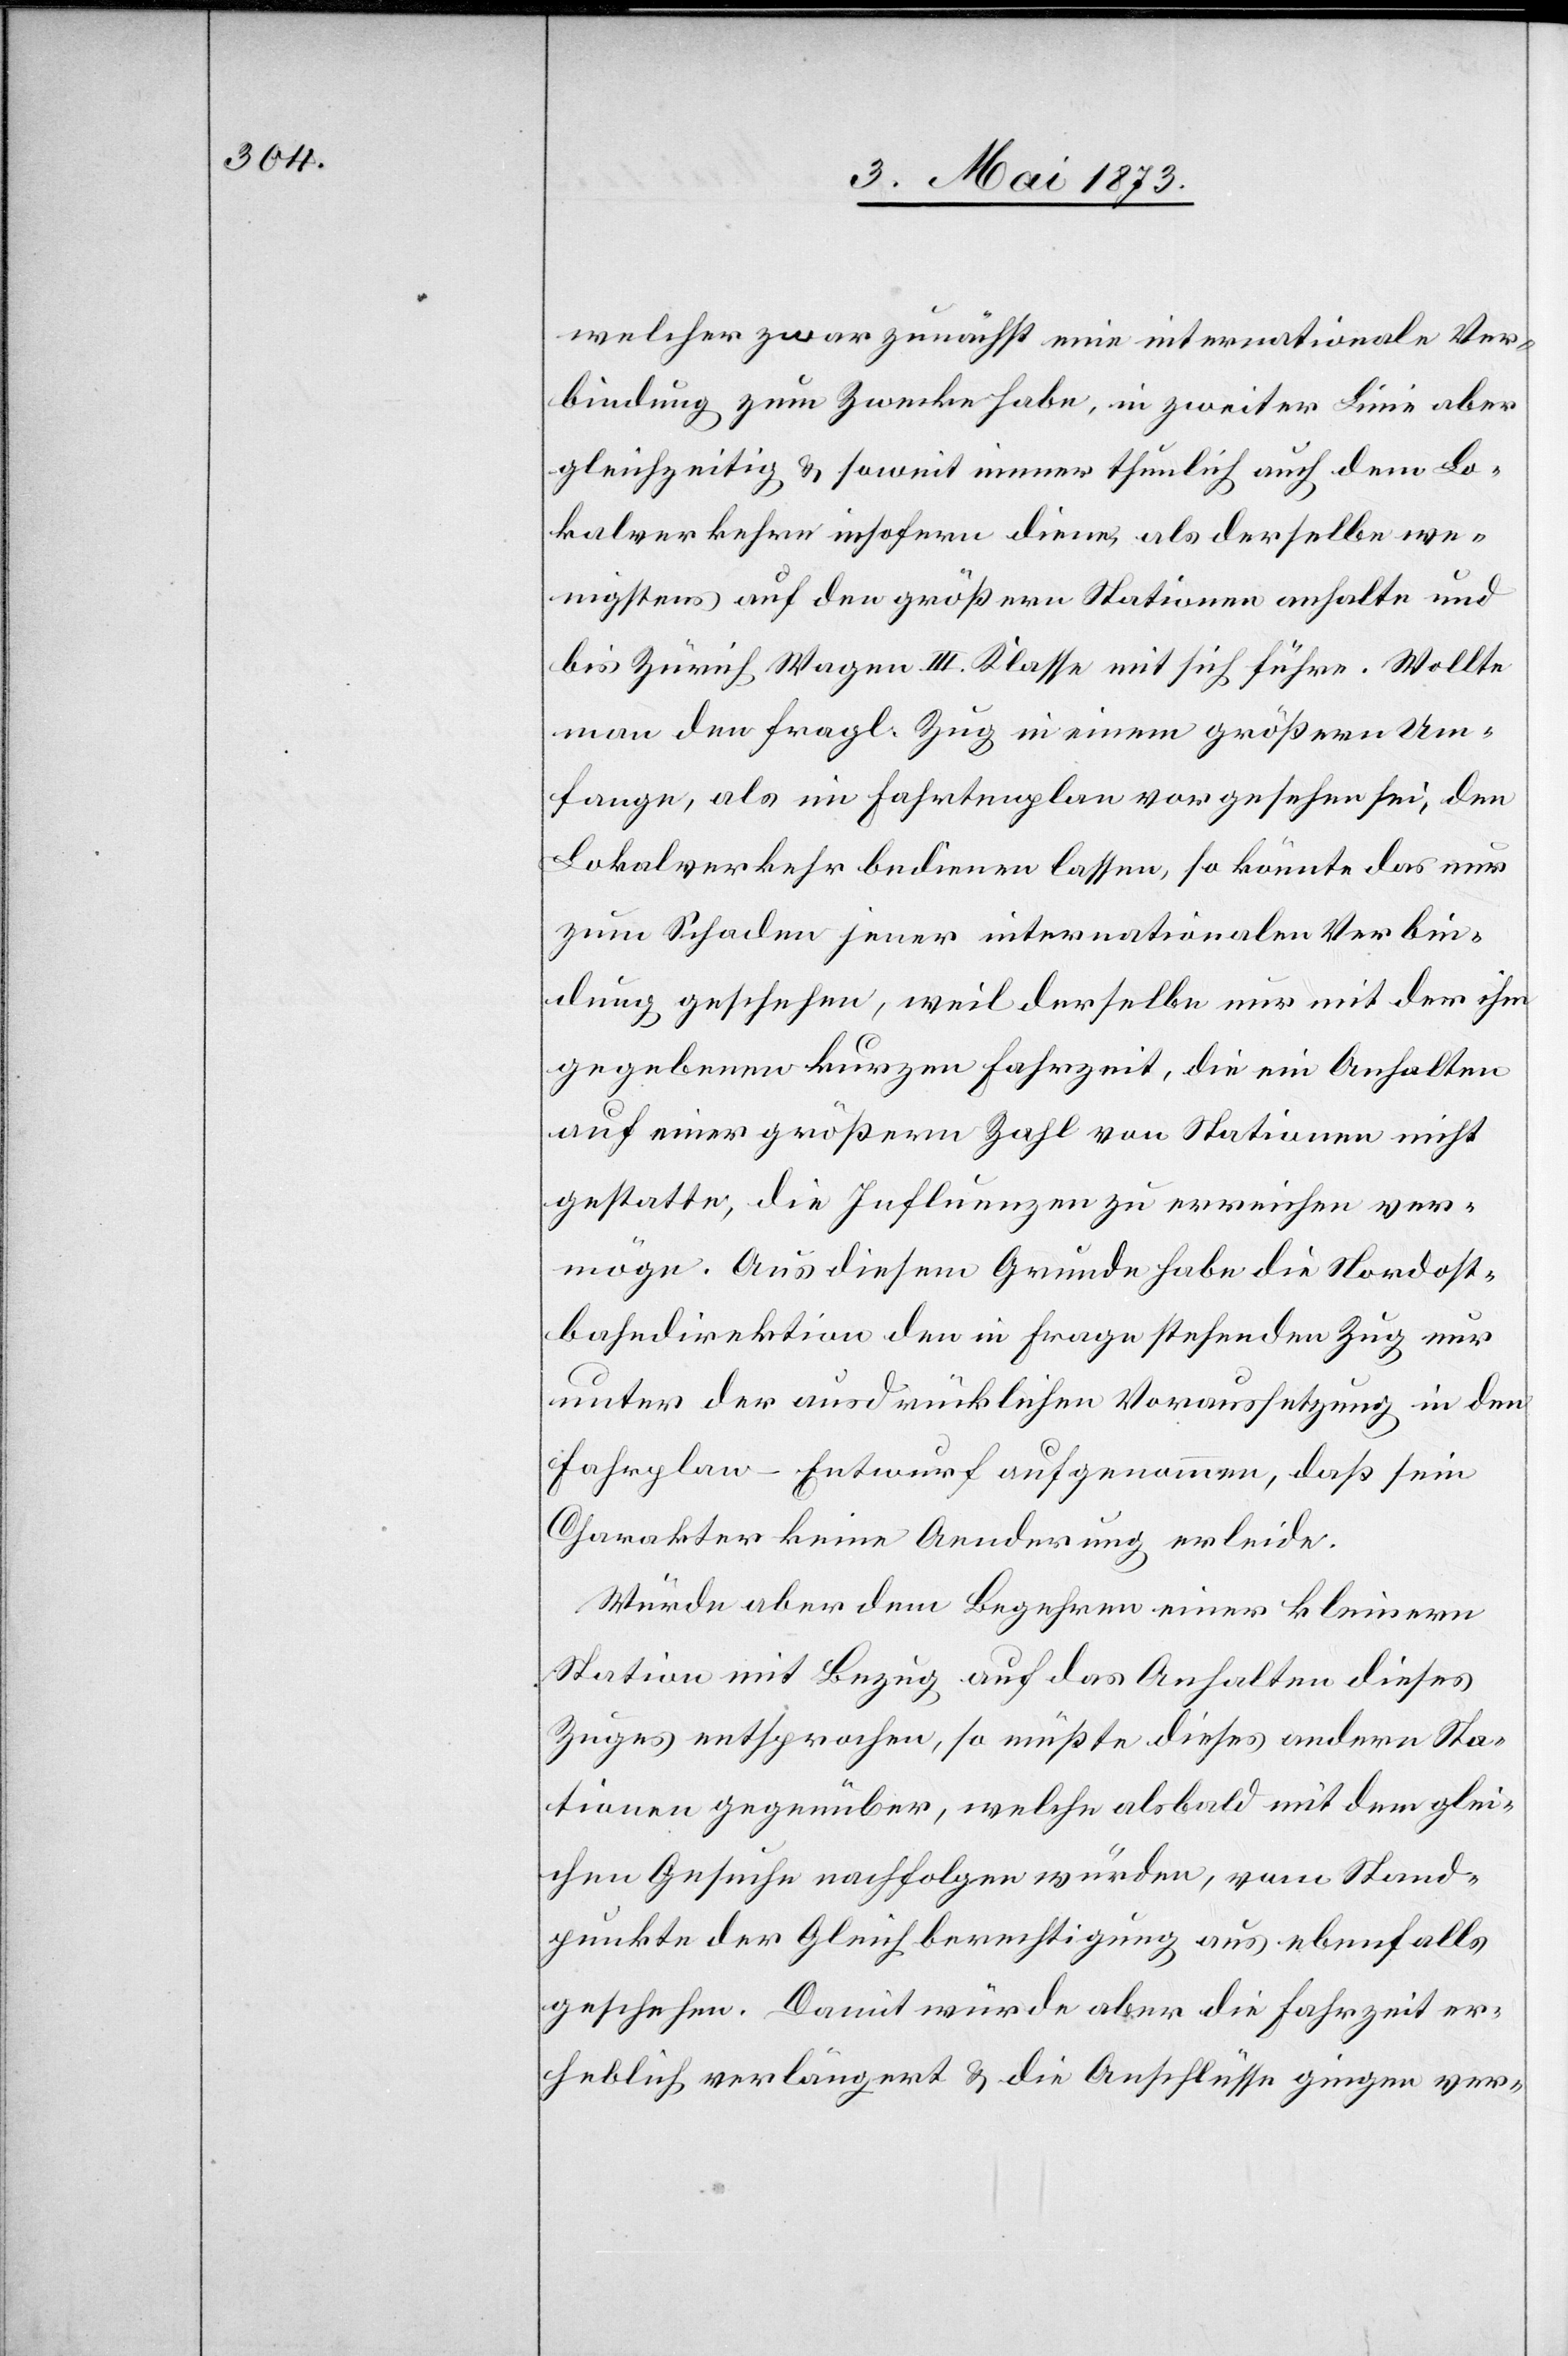
welcher zwar zunächst eine internationale Ver¬
bindung zum Zwecke habe, in zweiter Linie aber
gleichzeitig & soweit immer thunlich auch dem Lo¬
kalverkehr insofern diene, als derselbe we¬
nigstens auf den größern Stationen anhalte und
bis Zürich Wagen III. Klasse mit sich führe. Wollte
man den fragl. Zug in einem größern Um¬
fange, als im Fahrtenplan vorgesehen sei, den
Lokalverkehr bedienen lassen, so könnte das nur
zum Schaden jener internationalen Verbin¬
dung geschehen, weil derselbe nur mit der ihm
gegebenen kurzen Fahrzeit, die ein Anhalten
auf einer größern Zahl von Stationen nicht
gestatte, die Influenzen zu erreichen ver¬
möge. Aus diesem Grunde habe die Nordost¬
bahndirektion den in Frage stehenden Zug nur
unter der ausdrücklichen Voraussetzung in den
Fahrplant-Entwurf aufgenommen, daß sein
Charakter keine Aenderung erleide.
Würde aber dem Begehren einer kleineren
Station mit Bezug auf das Anhalten dieses
Zuges entsprochen, so müßte dieses andern Sta¬
tionen gegenüber, welche alsbald mit dem glei¬
chen Gesuche nachfolgen würden, vom Stand¬
punkte der Gleichberechtigung aus ebenfalls
geschehen. Damit würde aber die Fahrzeit er¬
heblich verlängert & die Anschlüsse gingen ver-